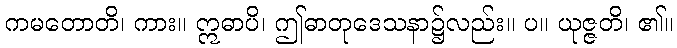
ကမတောတိ၊ ကား။ ဣဓာပိ၊ ဤဓာတုဒေသနာ၌လည်း။ ပ။ ယုဇ္ဇတိ၊ ၏။